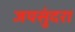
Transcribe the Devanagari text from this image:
जयसुंदरा